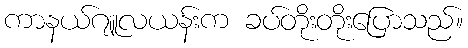
ကာနယ်ဂျူလယန်းက ခပ်တိုးတိုးပြောသည်။